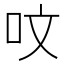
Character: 呅